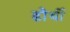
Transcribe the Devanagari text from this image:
डौर्थी